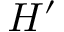
H ^ { \prime }